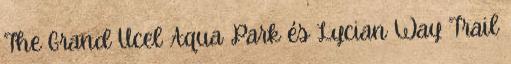
The Grand Ucel Aqua Park és Lycian Way Trail